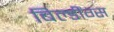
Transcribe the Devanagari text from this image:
बिल्डींग्स